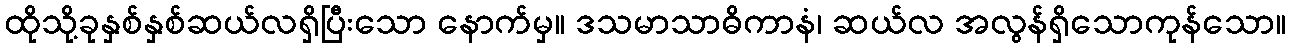
ထိုသို့ခုနှစ်နှစ်ဆယ်လရှိပြီးသော နောက်မှ။ ဒသမာသာဓိကာနံ၊ ဆယ်လ အလွန်ရှိသောကုန်သော။